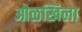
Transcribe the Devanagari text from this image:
ओळखिला